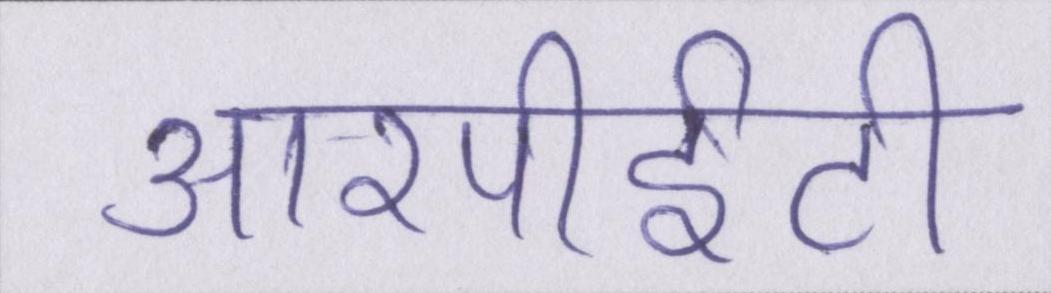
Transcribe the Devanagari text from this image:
आरपीईटी